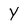
Character: Y